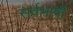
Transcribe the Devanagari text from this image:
सर्वभाषी